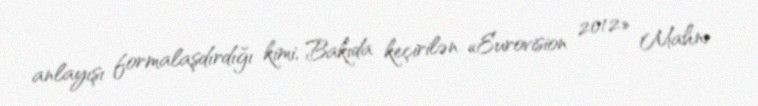
anlayışı formalaşdırdığı kimi, Bakıda keçirilən «Eurovision 2012» Mahnı